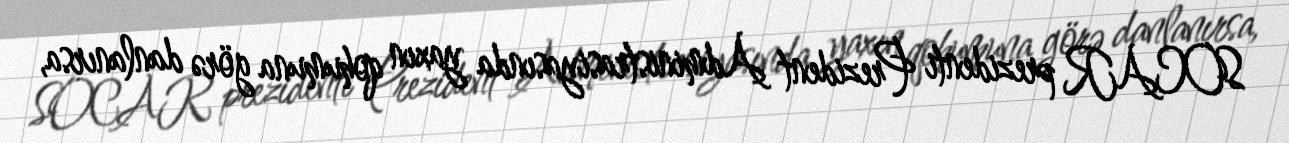
SOCAR prezidenti Prezident Administrasiyasında yaxın qohumuna görə danlanırsa,